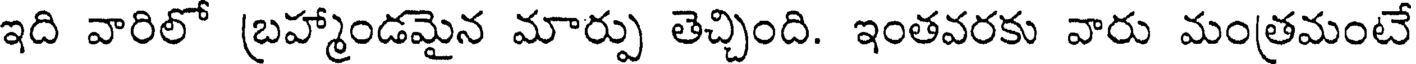
ఇది వారిలో బ్రహ్మాండమైన మార్పు తెచ్చింది. ఇంతవరకు వారు మంత్రమంటే